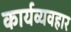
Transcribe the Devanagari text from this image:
कार्यव्यवहार